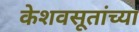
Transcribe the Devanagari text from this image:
केशवसूतांच्या